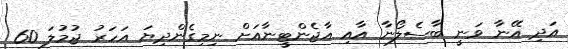
އަދި އޭނާ ވަނީ ބާސެލޯނާ އާއި އާޖެންޓީނާއަށް ނިމިގެންދިޔަ އަހަރު ޖުމުލަ 60